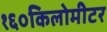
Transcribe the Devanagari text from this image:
१६०किलोमीटर